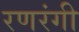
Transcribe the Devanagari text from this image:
रणरंगी